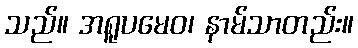
သည်။ အရူပမေဝ၊ နာမ်သာတည်း။